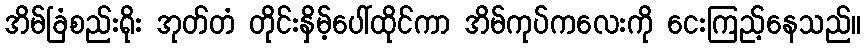
အိမ်ခြံစည်းရိုး အုတ်တံ တိုင်းနှိမ့်ပေါ်ထိုင်ကာ အိမ်ကုပ်ကလေးကို ငေးကြည့်နေသည်။